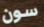
سون